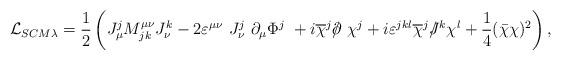
LaTeX: \begin{align*}{\cal L}_{SCM\lambda}=\frac 12 \left( J_\mu^j M^{\mu \nu}_{jk} J_{\nu}^k -2 \varepsilon^{\mu \nu}~J_\nu ^j ~\partial_\mu \Phi^j~+i \overline{\chi }^j /\kern-.5em\partial ~\chi^j+i\varepsilon^{jkl}\overline{\chi}^j /\kern-.5em J^k \chi ^l+\frac 14 (\bar \chi \chi )^2 \right),\end{align*}